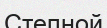
Степной